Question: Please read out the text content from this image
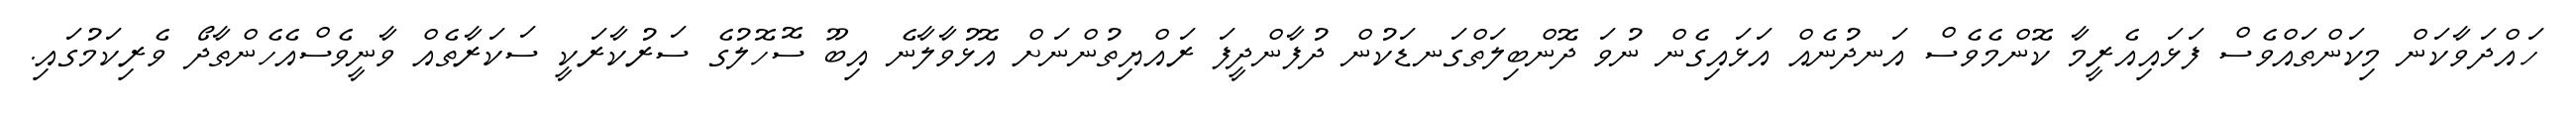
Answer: ހައްދަވާކަން މިކަންތައްވެސް ފަޅައިއެރީމާ ކޮންމެވެސް އަނދުނެއް އަޅައިގެން ނުވަ ދޮންބިލަތްގަނޑަކުން ދުފާންދީފަ ރައްޔިތުންނަށް އޮޅުވާލާނެ އިބޫ ސޮހޮލުގެ ސަރުކާރަކީ ސަކަރާތެއް ވާނީވެސްއެހެންތާދޯ ވެރިކަމުގައި.